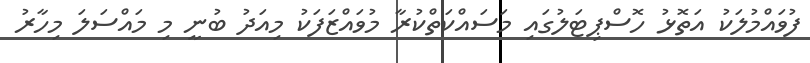
ފުވައްމުލަކު އަތޮޅު ހޮސްޕިޓަލުގައި މަސައްކަތްކުރާ މުވައްޒަފަކު މިއަދު ބުނީ މި މައްސަލަ މިހާރު